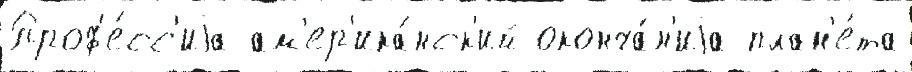
Проф'е́сс'иjа ам'ер'ика́нск'ий оконча́н'иjа план'е́та